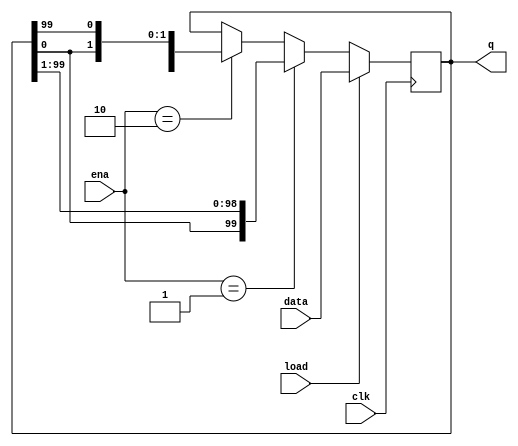
//Build a 100-bit left/right rotator, with synchronous load and left/right enable.
//A rotator shifts-in the shifted-out bit from the other end of the register, 
//unlike a shifter that discards the shifted-out bit and shifts in a zero.
//If enabled, a rotator rotates the bits around and does not modify/discard them.

//load: Loads shift register with data[99:0] instead of rotating.
//ena[1:0]: Chooses whether and which direction to rotate.
//2'b01 rotates right by one bit
//2'b10 rotates left by one bit
//2'b00 and 2'b11 do not rotate.
//q: The contents of the rotator.

module top_module(
    input clk,
    input load,
    input [1:0] ena,
    input [99:0] data,
    output reg [99:0] q); 

    always @(posedge clk) begin
        if (load) begin
            q <= data;
        end
        else begin
            if (ena == 2'b01) begin
                q <= {q[0],q[99:1]}; //rotates right by one bit
            end
            else if (ena == 2'b10) begin
                q <= {q[98:0],q[99]}; //rotates left by one bit
            end
            else begin
                q <= q;
            end
        end
    end

endmodule